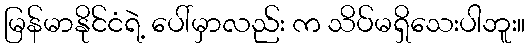
မြန်မာနိုင်ငံရဲ့ ပေါ်မှာလည်း က သိပ်မရှိသေးပါဘူး။